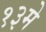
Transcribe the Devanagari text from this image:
१३मे